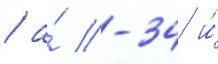
/ а́ -34 и́